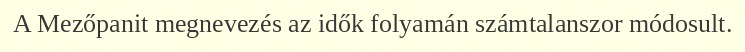
A Mezőpanit megnevezés az idők folyamán számtalanszor módosult.